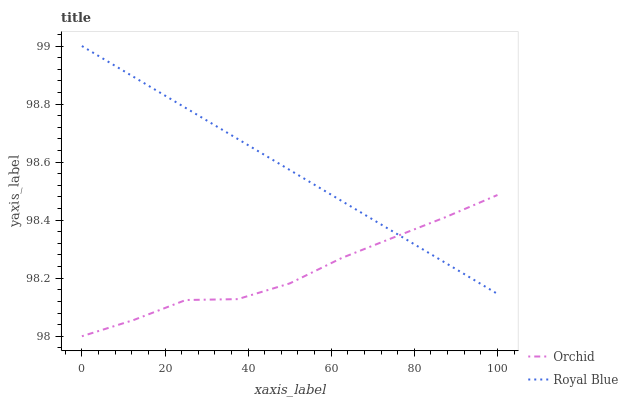
| xaxis_label | Orchid | Royal Blue |
 | --- | --- | --- |
 | 0 | 98 | 99 |
 | 12.5 | 98.1 | 98.9 |
 | 25 | 98.1 | 98.8 |
 | 37.5 | 98.1 | 98.7 |
 | 50 | 98.2 | 98.6 |
 | 62.5 | 98.3 | 98.5 |
 | 75 | 98.3 | 98.4 |
 | 87.5 | 98.4 | 98.3 |
 | 100 | 98.5 | 98.1 |